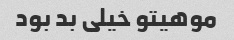
موهیتو خیلی بد بود